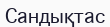
Сандықтас